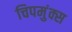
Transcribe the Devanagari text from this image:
चिपमुंक्स